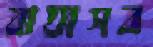
বাঘাসব